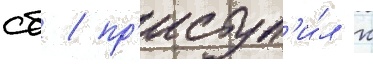
сб / пр'иступ'и́л к